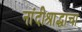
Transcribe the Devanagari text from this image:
नांदीश्राद्धाचा